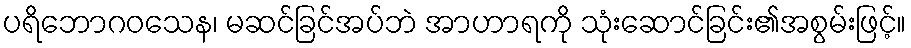
ပရိဘောဂဝသေန၊ မဆင်ခြင်အပ်ဘဲ အာဟာရကို သုံးဆောင်ခြင်း၏အစွမ်းဖြင့်။